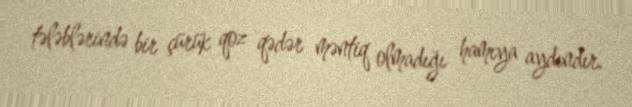
tələblərində bir çürük qoz qədər məntiq olmadığı hamıya aydındır.